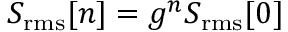
S _ { \mathrm { r m s } } [ n ] = g ^ { n } S _ { \mathrm { r m s } } [ 0 ]